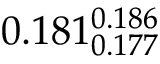
0 . 1 8 1 _ { 0 . 1 7 7 } ^ { 0 . 1 8 6 }